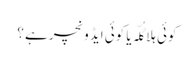
کوئی ہلا گُلّہ یا کوئی ایڈ ونچر ہے ؟